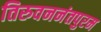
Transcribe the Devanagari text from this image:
तिरुवननंतपुरम